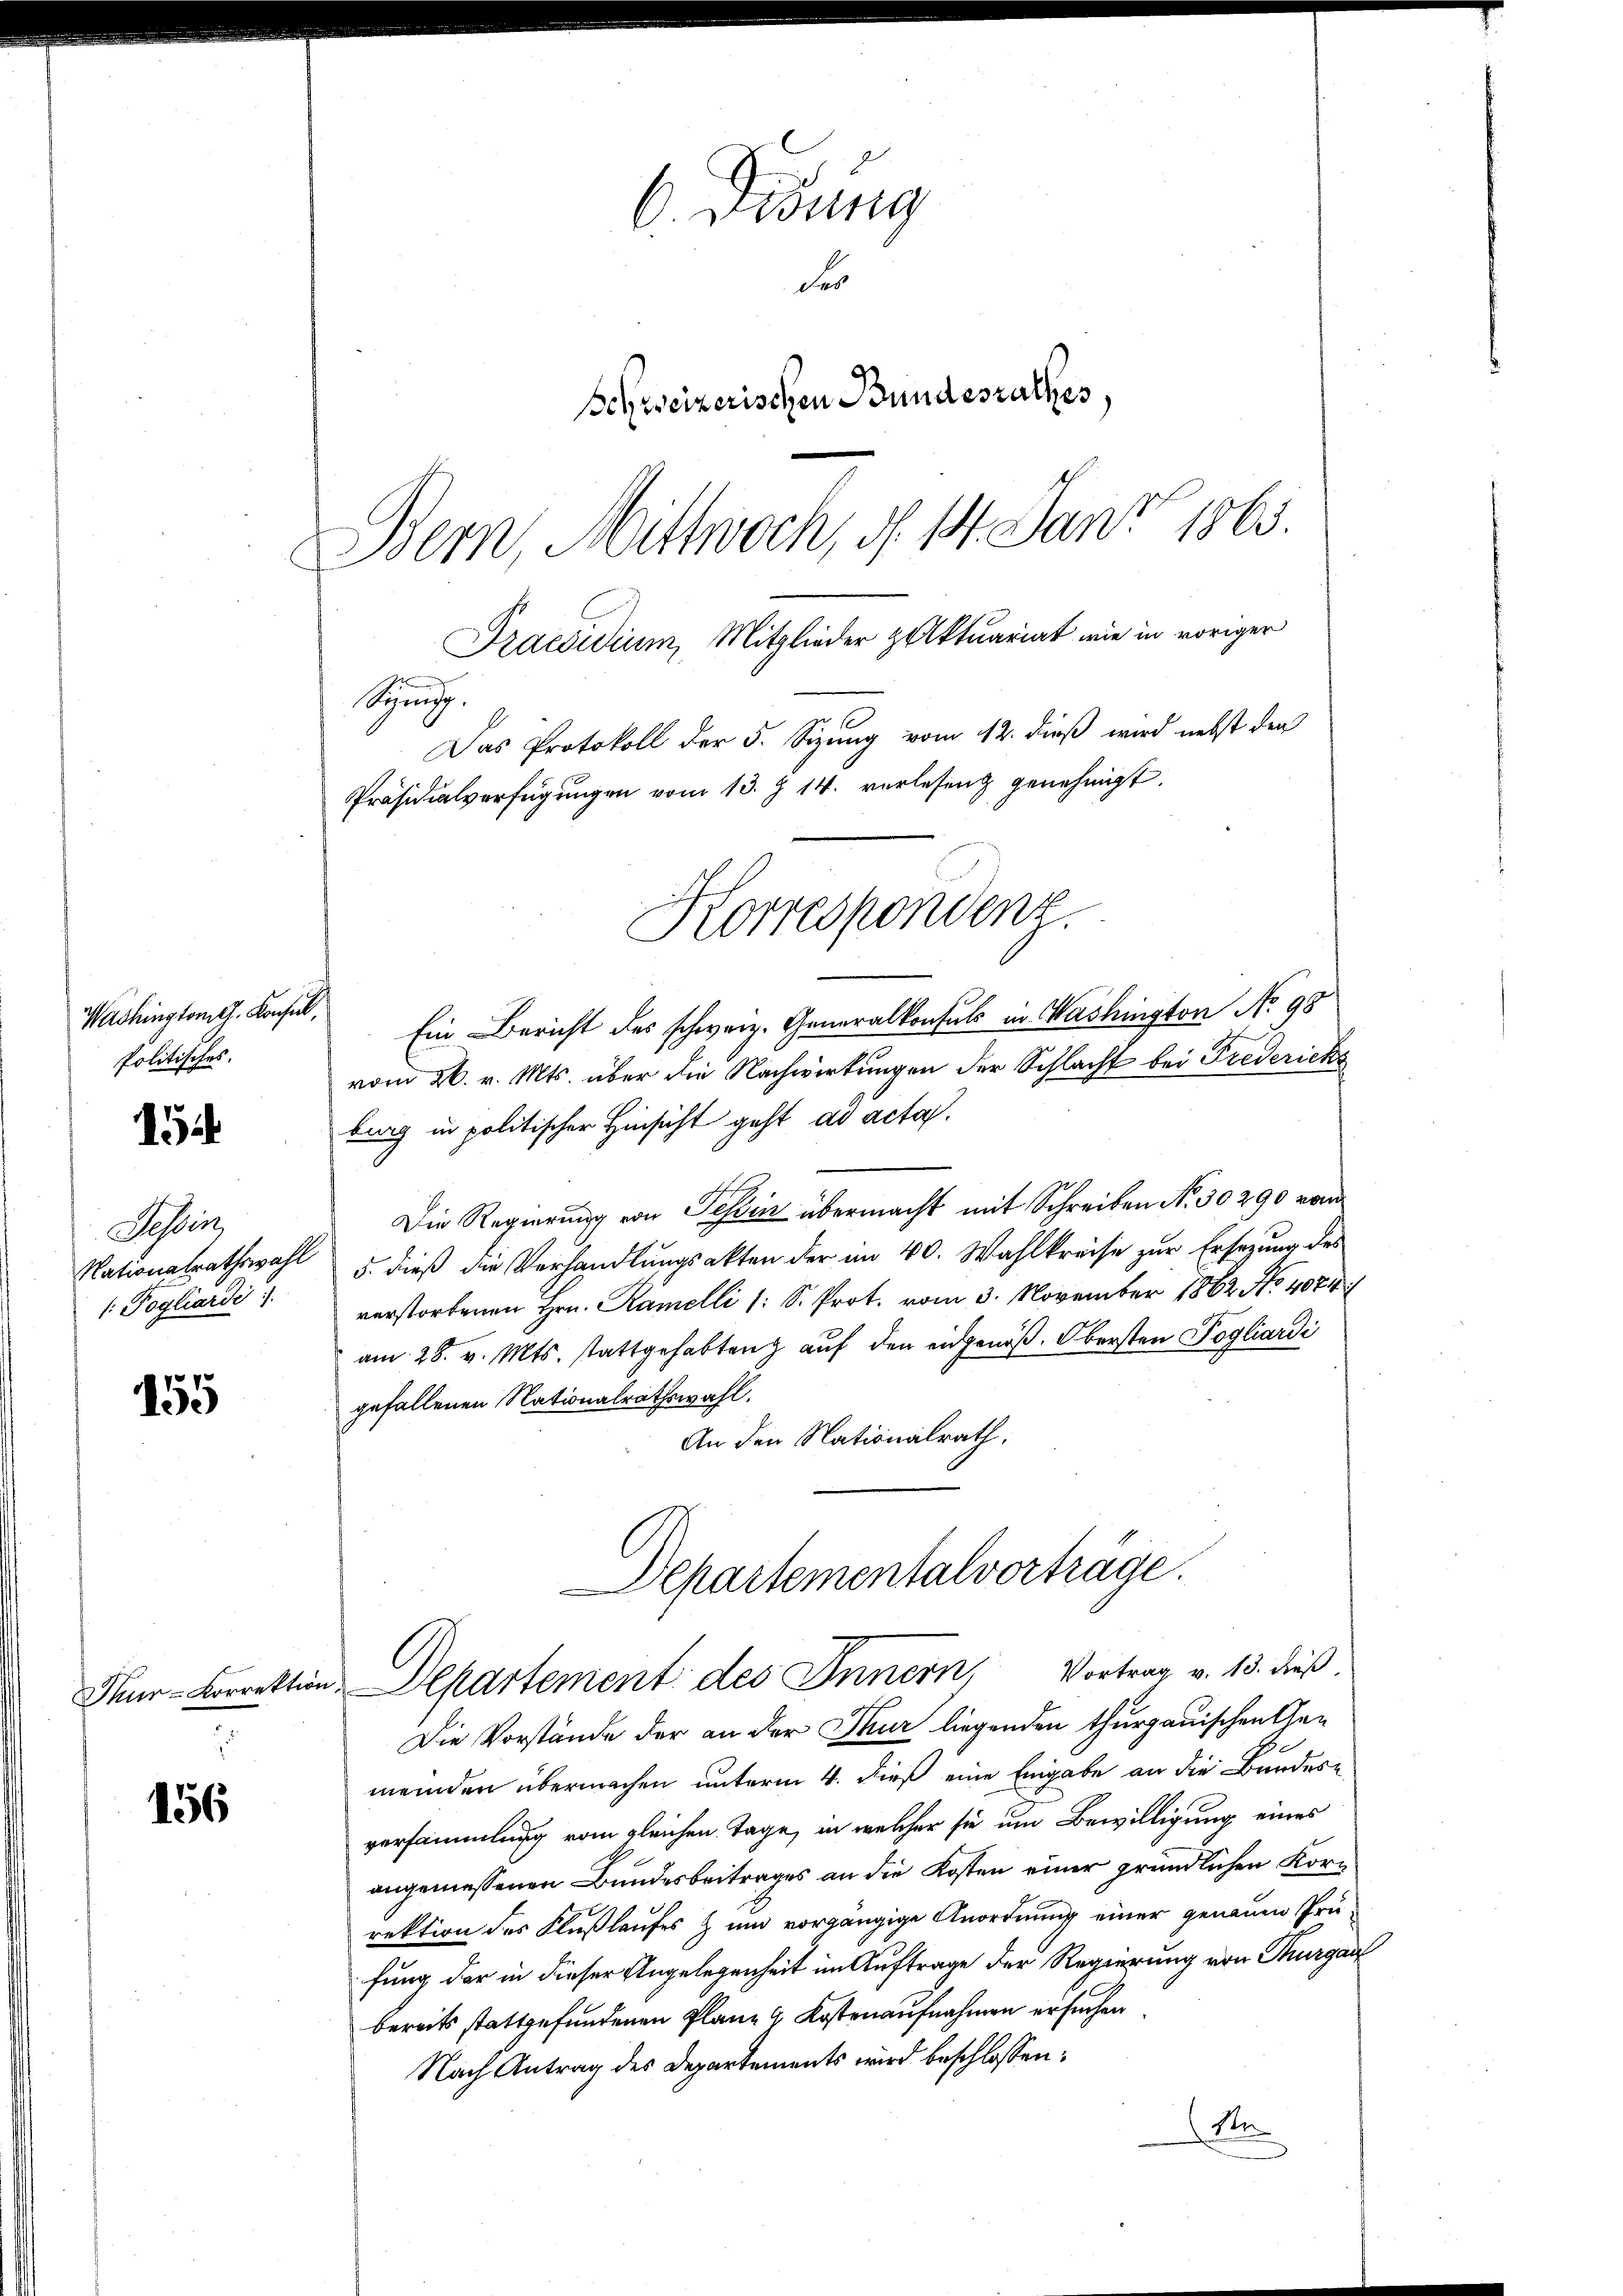
C. Visung
Fr
Schweizerischen Bundesrathes,
Bern, Mittwoch, d. 14. Juni 1865.
Praesidium, Mitglieder Aktuariat wie in voriger
Spin
Das Protokoll der 5. Sizung vom 12. dieß wird nebst den
Präsidialverfügungen vom 13. J. 14. vorlesen genehmigt.

Korrespondenz.

Ein Bericht des schweiz. Generalkonsuls in Washington No 98
vom 26. v. Mts. über die Nachwirkungen der Schlacht bei Frederichs
burg in politischer Hinsicht geht ad acta.
Die Regierung von Tessin übermacht mit Schreiben No. 30290 von
 5. dieß die Verhandlungsakten der im 40. Wahlkreise zur Ersezung des
verstorbenen Hrn. Ramelli (: S. Prot. vom 3. November 1862 No 4074
am 28. v. Mts. stattgehabten auf den eidgenöß. Obersten Pogliardi
gefallenen Nationalrathswahl.
An den Nationalrath,

Washingtont. Konsul,
Politisches.

15

Tessin
Nationalrathswahl
: Pogliardi

155

Departementalverträge.
Thur-Korrektion. Departement des Innern, Vortrag v. 13. dieß

Die Vorstände der an der Thur liegenden thurgauischen Gen
.
meinden übermachen unterm 4. dieß eine Eingabe an die Bundesversammlung vom gleichen Tage, in welcher sie um Bewilligung eines
angemessenen Bundesbeitrages an die Kosten einer gründlichen Korrektion des Flußlaufes zum vorgängige Anordnung einer genauen Prüfung der in dieser Angelegenheit im Auftrage der Regierung von Thurgauf
bereits stattgefundenen Plane 4 Kostenaufnahmen ersuchen
Nach Antrag des Departements wird beschlossen:
Ste

156